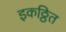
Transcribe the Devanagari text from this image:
इकठ्ठित